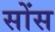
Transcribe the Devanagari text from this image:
सोंस